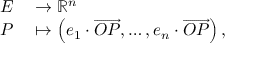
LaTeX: \begin{array} { r l } { E } & { { } \to \mathbb { R } ^ { n } } \\ { P } & { { } \mapsto \left( e _ { 1 } \cdot { \overrightarrow { O P } } , \dots , e _ { n } \cdot { \overrightarrow { O P } } \right) , } \end{array}